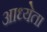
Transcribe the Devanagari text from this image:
आध्येता